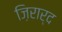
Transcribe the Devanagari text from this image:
ज़िरार्द